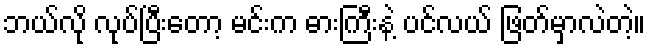
ဘယ်လို လုပ်ပြီးတော့ မင်းက ဓားကြီးနဲ့ ပင်လယ် ဖြတ်မှာလဲတဲ့။